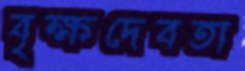
বৃক্ষদেবতা